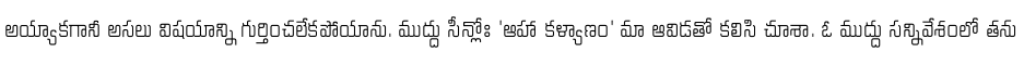
అయ్యాకగానీ అసలు విషయాన్ని గుర్తించలేకపోయాను. ముద్దు సీన్లోః 'ఆహా కళ్యాణం' మా ఆవిడతో కలిసి చూశా. ఓ ముద్దు సన్నివేశంలో తను